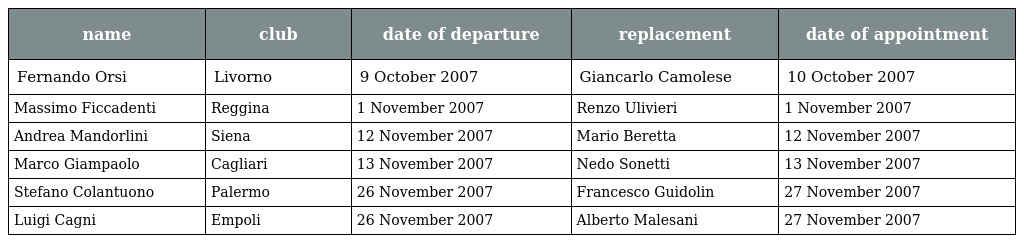
| name | club | date of departure | replacement | date of appointment |
 | --- | --- | --- | --- | --- |
 | Fernando Orsi | Livorno | 9 October 2007 | Giancarlo Camolese | 10 October 2007 |
 | Massimo Ficcadenti | Reggina | 1 November 2007 | Renzo Ulivieri | 1 November 2007 |
 | Andrea Mandorlini | Siena | 12 November 2007 | Mario Beretta | 12 November 2007 |
 | Marco Giampaolo | Cagliari | 13 November 2007 | Nedo Sonetti | 13 November 2007 |
 | Stefano Colantuono | Palermo | 26 November 2007 | Francesco Guidolin | 27 November 2007 |
 | Luigi Cagni | Empoli | 26 November 2007 | Alberto Malesani | 27 November 2007 |